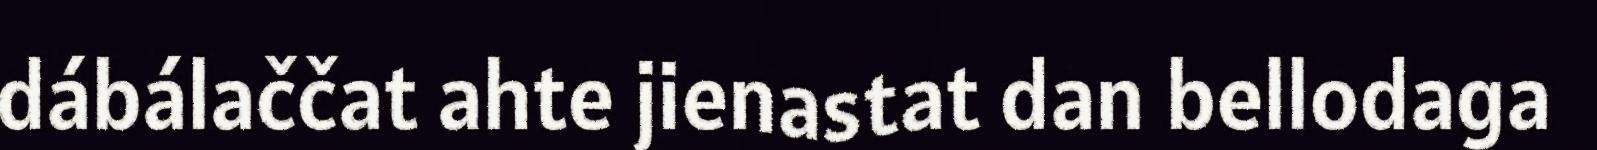
dábálaččat ahte jienastat dan bellodaga